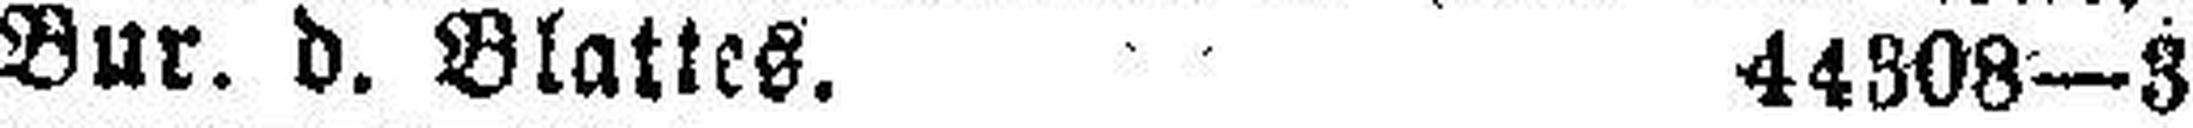
Bur. d. Blattes. 44308—3